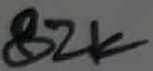
Text: 82K